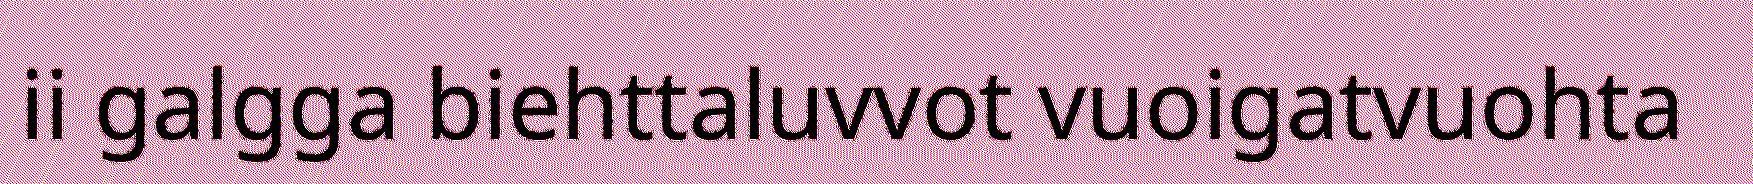
ii galgga biehttaluvvot vuoigatvuohta